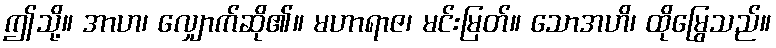
ဤသို့။ အာဟ၊ လျှောက်ဆို၏။ မဟာရာဇ၊ မင်းမြတ်။ သောအဟိ၊ ထိုမြွေသည်။